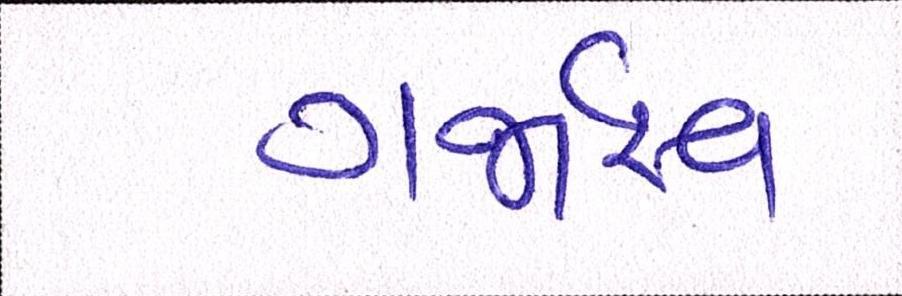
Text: ગર્જારવ